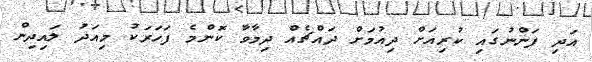
އަދި ފަންނުގައި ކުރިއަށް ދިއުމަށް ދައްޗެއް ދިމާވާ ކޮންމެ ފަހަރަކު މިއަދު ލައިދިން